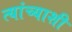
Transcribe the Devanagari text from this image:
त्‍यांच्‍याशी